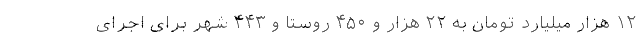
۱۲ هزار میلیارد تومان به ۲۲ هزار و ۴۵۰ روستا و ۴۴۳ شهر برای اجرای